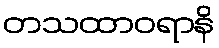
တသထာဝရာနိ